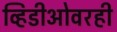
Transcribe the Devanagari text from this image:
व्हिडीओवरही